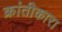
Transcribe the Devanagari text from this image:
क्रांतीकारा